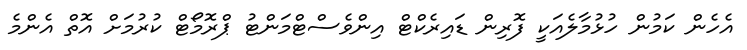
އެހެން ކަމުން ހުޅުމާލެއަކީ ފޮރިން ޑައިރެކްޓް އިންވެެސްޓްމަންޓު ޕްރޮމޯޓް ކުރުމަށް އޮތް އެންމެ